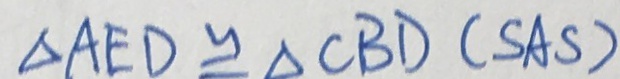
\Delta A E D \cong \Delta C B D ( S A S )